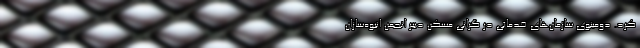
کرد. دومینوی سازمان‌های خدماتی در گرانی مسکن دبیر انجمن انبوه‌سازان